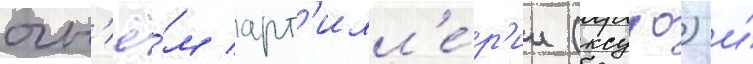
огн'ё́м арт'илл'е́р'ии (ксуао) и́